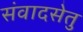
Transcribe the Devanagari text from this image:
संवादसेतु